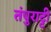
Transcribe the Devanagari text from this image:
तंपुराट्टी